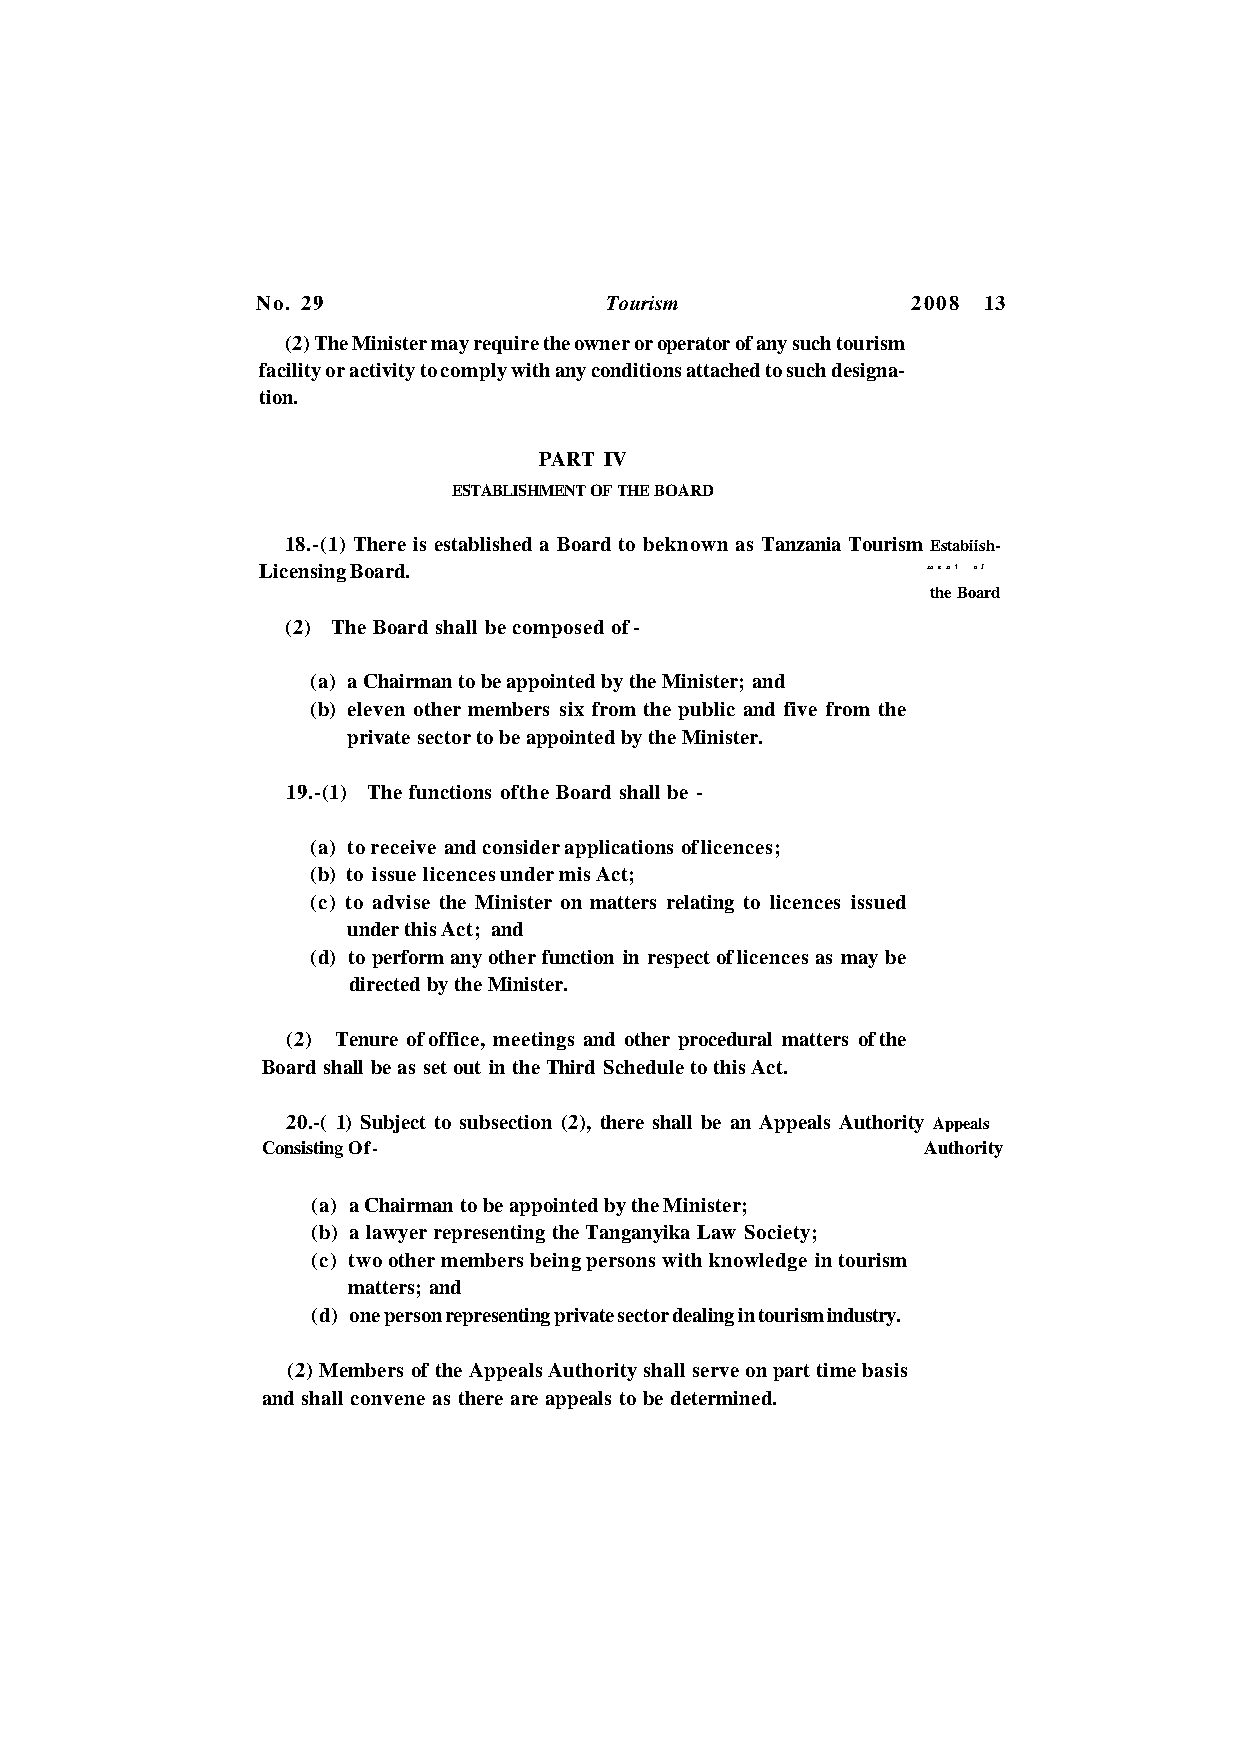
No. 29                 Tourism             2008 13
 (2) The Minister may require the owner or operator of any such tourism
 facility or activity to comply with any conditions attached to such designa
 tion.
 PART IV
 ESTABLISHMENT OF THE BOARD
 18.-(1) There is established a Board to beknown as Tanzania Tourism Estabiish-
 Licensing Board.                            ment of
 the Board
 (2) The Board shall be composed of -
 (a) a Chairman to be appointed by the Minister; and
 (b) eleven other members six from the public and five from the
 private sector to be appointed by the Minister.
 19.-(1) The functions ofthe Board shall be -
 (a) to receive and consider applications of licences;
 (b) to issue licences under mis Act;
 (c) to advise the Minister on matters relating to licences issued
 under this Act; and
 (d) to perform any other function in respect of licences as may be
 directed by the Minister.
 (2) Tenure of office, meetings and other procedural matters of the
 Board shall be as set out in the Third Schedule to this Act.
 20.-( 1) Subject to subsection (2), there shall be an Appeals Authority Appeals
 Consisting Of-                              Authority
 (a) a Chairman to be appointed by the Minister;
 (b) a lawyer representing the Tanganyika Law Society;
 (c) two other members being persons with knowledge in tourism
 matters; and
 (d) one person representing private sector dealing in tourism industry.
 (2) Members of the Appeals Authority shall serve on part time basis
 and shall convene as there are appeals to be determined.